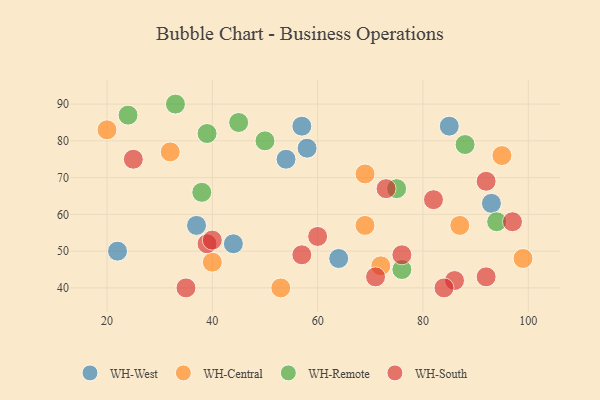
{"axis": {"x": "GDP", "y": "Life Expectancy"}, "legend": ["WH-Central", "WH-Remote", "WH-South", "WH-West"], "data": [{"x": "54", "y": 75, "type": "WH-West"}, {"x": "57", "y": 84, "type": "WH-West"}, {"x": "22", "y": 50, "type": "WH-West"}, {"x": "37", "y": 57, "type": "WH-West"}, {"x": "85", "y": 84, "type": "WH-West"}, {"x": "44", "y": 52, "type": "WH-West"}, {"x": "58", "y": 78, "type": "WH-West"}, {"x": "64", "y": 48, "type": "WH-West"}, {"x": "93", "y": 63, "type": "WH-West"}, {"x": "99", "y": 48, "type": "WH-Central"}, {"x": "69", "y": 57, "type": "WH-Central"}, {"x": "32", "y": 77, "type": "WH-Central"}, {"x": "20", "y": 83, "type": "WH-Central"}, {"x": "40", "y": 47, "type": "WH-Central"}, {"x": "69", "y": 71, "type": "WH-Central"}, {"x": "72", "y": 46, "type": "WH-Central"}, {"x": "87", "y": 57, "type": "WH-Central"}, {"x": "53", "y": 40, "type": "WH-Central"}, {"x": "95", "y": 76, "type": "WH-Central"}, {"x": "50", "y": 80, "type": "WH-Remote"}, {"x": "94", "y": 58, "type": "WH-Remote"}, {"x": "33", "y": 90, "type": "WH-Remote"}, {"x": "75", "y": 67, "type": "WH-Remote"}, {"x": "38", "y": 66, "type": "WH-Remote"}, {"x": "24", "y": 87, "type": "WH-Remote"}, {"x": "88", "y": 79, "type": "WH-Remote"}, {"x": "76", "y": 45, "type": "WH-Remote"}, {"x": "45", "y": 85, "type": "WH-Remote"}, {"x": "39", "y": 82, "type": "WH-Remote"}, {"x": "25", "y": 75, "type": "WH-South"}, {"x": "92", "y": 43, "type": "WH-South"}, {"x": "86", "y": 42, "type": "WH-South"}, {"x": "60", "y": 54, "type": "WH-South"}, {"x": "92", "y": 69, "type": "WH-South"}, {"x": "35", "y": 40, "type": "WH-South"}, {"x": "57", "y": 49, "type": "WH-South"}, {"x": "82", "y": 64, "type": "WH-South"}, {"x": "39", "y": 52, "type": "WH-South"}, {"x": "71", "y": 43, "type": "WH-South"}, {"x": "73", "y": 67, "type": "WH-South"}, {"x": "84", "y": 40, "type": "WH-South"}, {"x": "97", "y": 58, "type": "WH-South"}, {"x": "40", "y": 53, "type": "WH-South"}, {"x": "76", "y": 49, "type": "WH-South"}]}